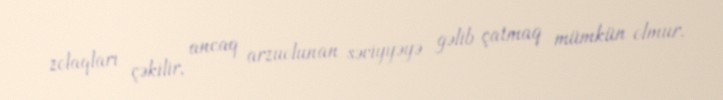
zolaqları çəkilir, ancaq arzuolunan səviyyəyə gəlib çatmaq mümkün olmur.